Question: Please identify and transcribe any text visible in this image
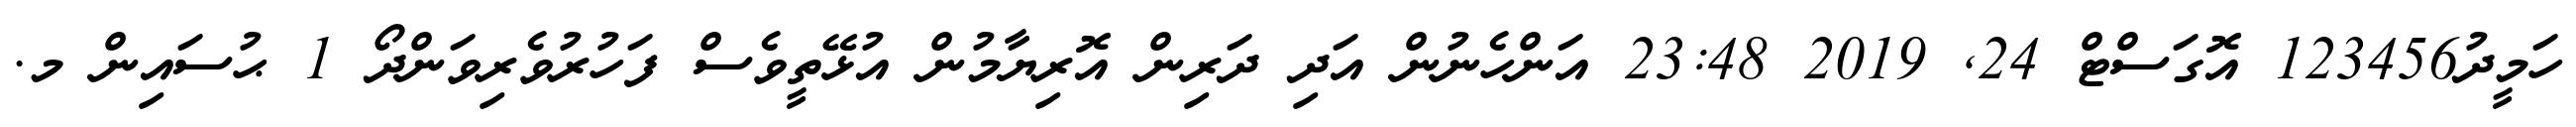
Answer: ހަމީދު123456 އޮގަސްޓް 24, 2019 23:48 އަންހެނުން އަދި ދަރިން އޮރިޔާމުން އުޅޭތީވެސް ފަހުރުވެރިވަންދޯ 1 ޙުސައިން މ.